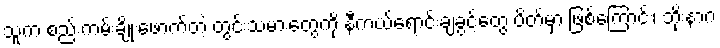
သူက စည်းကမ်းချိုးဖောက်တဲ့ တွင်းသမားတွေကို နီကယ်ရောင်းချခွင့်တွေ ပိတ်မှာ ဖြစ်ကြောင်း၊ ဘိုးနာဂ